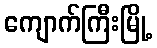
ကျောက်ကြီးမြို့